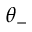
\theta _ { - }